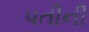
પતીની